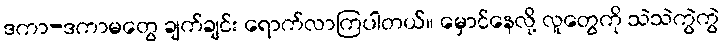
ဒကာ-ဒကာမတွေ ချက်ချင်း ရောက်လာကြပါတယ်။ မှောင်နေလို့ လူတွေကို သဲသဲကွဲကွဲ